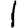
Digit: 1